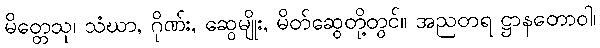
မိတ္တေသု၊ သံဃာ, ဂိုဏ်း, ဆွေမျိုး, မိတ်ဆွေတို့တွင်။ အညတရ ဋ္ဌာနတောဝါ၊